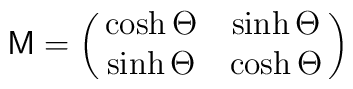
{\bf\sf M}=\left(\matrix{\cosh \Theta &\sinh \Theta\cr                \sinh \Theta & \cosh \Theta \cr}\right)